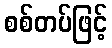
စစ်တပ်ဖြင့်